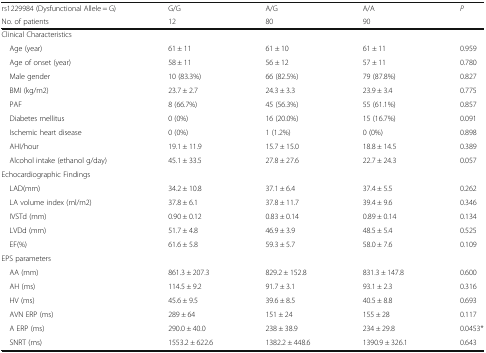
<table><thead><tr><td><b>rs1229984 (Dysfunctional Allele = G)</b></td><td><b>G/G</b></td><td><b>A/G</b></td><td><b>A/A</b></td><td rowspan="2"><b><i>P</i></b></td></tr><tr><td><b>No. of patients</b></td><td><b>12</b></td><td><b>80</b></td><td><b>90</b></td></tr></thead><tbody><tr><td colspan="5">Clinical Characteristics</td></tr><tr><td> Age (year)</td><td>61 ± 11</td><td>61 ± 10</td><td>61 ± 11</td><td>0.959</td></tr><tr><td> Age of onset (year)</td><td>58 ± 11</td><td>56 ± 12</td><td>57 ± 11</td><td>0.780</td></tr><tr><td> Male gender</td><td>10 (83.3%)</td><td>66 (82.5%)</td><td>79 (87.8%)</td><td>0.827</td></tr><tr><td> BMI (kg/m2)</td><td>23.7 ± 2.7</td><td>24.3 ± 3.3</td><td>23.9 ± 3.4</td><td>0.775</td></tr><tr><td> PAF</td><td>8 (66.7%)</td><td>45 (56.3%)</td><td>55 (61.1%)</td><td>0.857</td></tr><tr><td> Diabetes mellitus</td><td>0 (0%)</td><td>16 (20.0%)</td><td>15 (16.7%)</td><td>0.091</td></tr><tr><td> Ischemic heart disease</td><td>0 (0%)</td><td>1 (1.2%)</td><td>0 (0%)</td><td>0.898</td></tr><tr><td> AHI/hour</td><td>19.1 ± 11.9</td><td>15.7 ± 15.0</td><td>18.8 ± 14.5</td><td>0.389</td></tr><tr><td> Alcohol intake (ethanol g/day)</td><td>45.1 ± 33.5</td><td>27.8 ± 27.6</td><td>22.7 ± 24.3</td><td>0.057</td></tr><tr><td colspan="5">Echocardiographic Findings</td></tr><tr><td> LAD(mm)</td><td>34.2 ± 10.8</td><td>37.1 ± 6.4</td><td>37.4 ± 5.5</td><td>0.262</td></tr><tr><td> LA volume index (ml/m2)</td><td>37.8 ± 6.1</td><td>37.8 ± 11.7</td><td>39.4 ± 9.6</td><td>0.346</td></tr><tr><td> IVSTd (mm)</td><td>0.90 ± 0.12</td><td>0.83 ± 0.14</td><td>0.89 ± 0.14</td><td>0.134</td></tr><tr><td> LVDd (mm)</td><td>51.7 ± 4.8</td><td>46.9 ± 3.9</td><td>48.5 ± 5.4</td><td>0.525</td></tr><tr><td> EF(%)</td><td>61.6 ± 5.8</td><td>59.3 ± 5.7</td><td>58.0 ± 7.6</td><td>0.109</td></tr><tr><td colspan="5">EPS parameters</td></tr><tr><td> AA (mm)</td><td>861.3 ± 207.3</td><td>829.2 ± 152.8</td><td>831.3 ± 147.8</td><td>0.600</td></tr><tr><td> AH (ms)</td><td>114.5 ± 9.2</td><td>91.7 ± 3.1</td><td>93.1 ± 2.3</td><td>0.316</td></tr><tr><td> HV (ms)</td><td>45.6 ± 9.5</td><td>39.6 ± 8.5</td><td>40.5 ± 8.8</td><td>0.693</td></tr><tr><td> AVN ERP (ms)</td><td>289 ± 64</td><td>151 ± 24</td><td>155 ± 28</td><td>0.117</td></tr><tr><td> A ERP (ms)</td><td>290.0 ± 40.0</td><td>238 ± 38.9</td><td>234 ± 29.8</td><td>0.0453*</td></tr><tr><td> SNRT (ms)</td><td>1553.2 ± 622.6</td><td>1382.2 ± 448.6</td><td>1390.9 ± 326.1</td><td>0.643</td></tr></tbody></table>